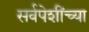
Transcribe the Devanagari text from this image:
सर्वपेशींच्या